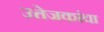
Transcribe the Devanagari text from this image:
उत्तेजकांचा